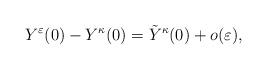
LaTeX: \begin{align*}Y^\varepsilon(0)-Y^\kappa(0)=\tilde{Y}^\kappa(0)+o(\varepsilon),\end{align*}